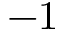
- 1